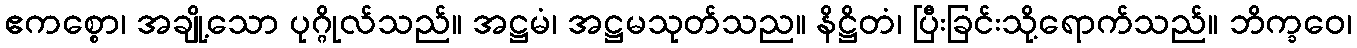
ဧကစ္စော၊ အချို့သော ပုဂ္ဂိုလ်သည်။ အဋ္ဌမံ၊ အဋ္ဌမသုတ်သည။ နိဋ္ဌိတံ၊ ပြီးခြင်းသို့ရောက်သည်။ ဘိက္ခဝေ၊